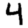
Digit: 4